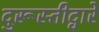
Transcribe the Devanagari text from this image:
दुरूस्तीद्वारे